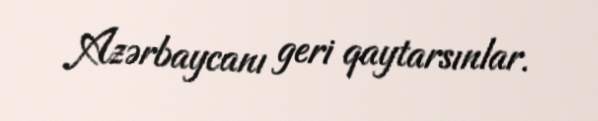
Azərbaycanı geri qaytarsınlar.